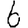
Digit: 6